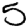
Digit: 5